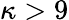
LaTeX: \kappa>9